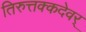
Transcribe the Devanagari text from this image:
तिरुत्तक्कदेवर्